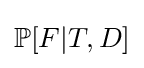
\mathbb {P} [F|T,D]